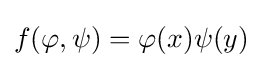
f(\varphi ,\psi )=\varphi (x)\psi (y)